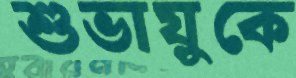
শুভায়ুকে